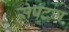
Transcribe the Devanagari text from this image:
सेपटम